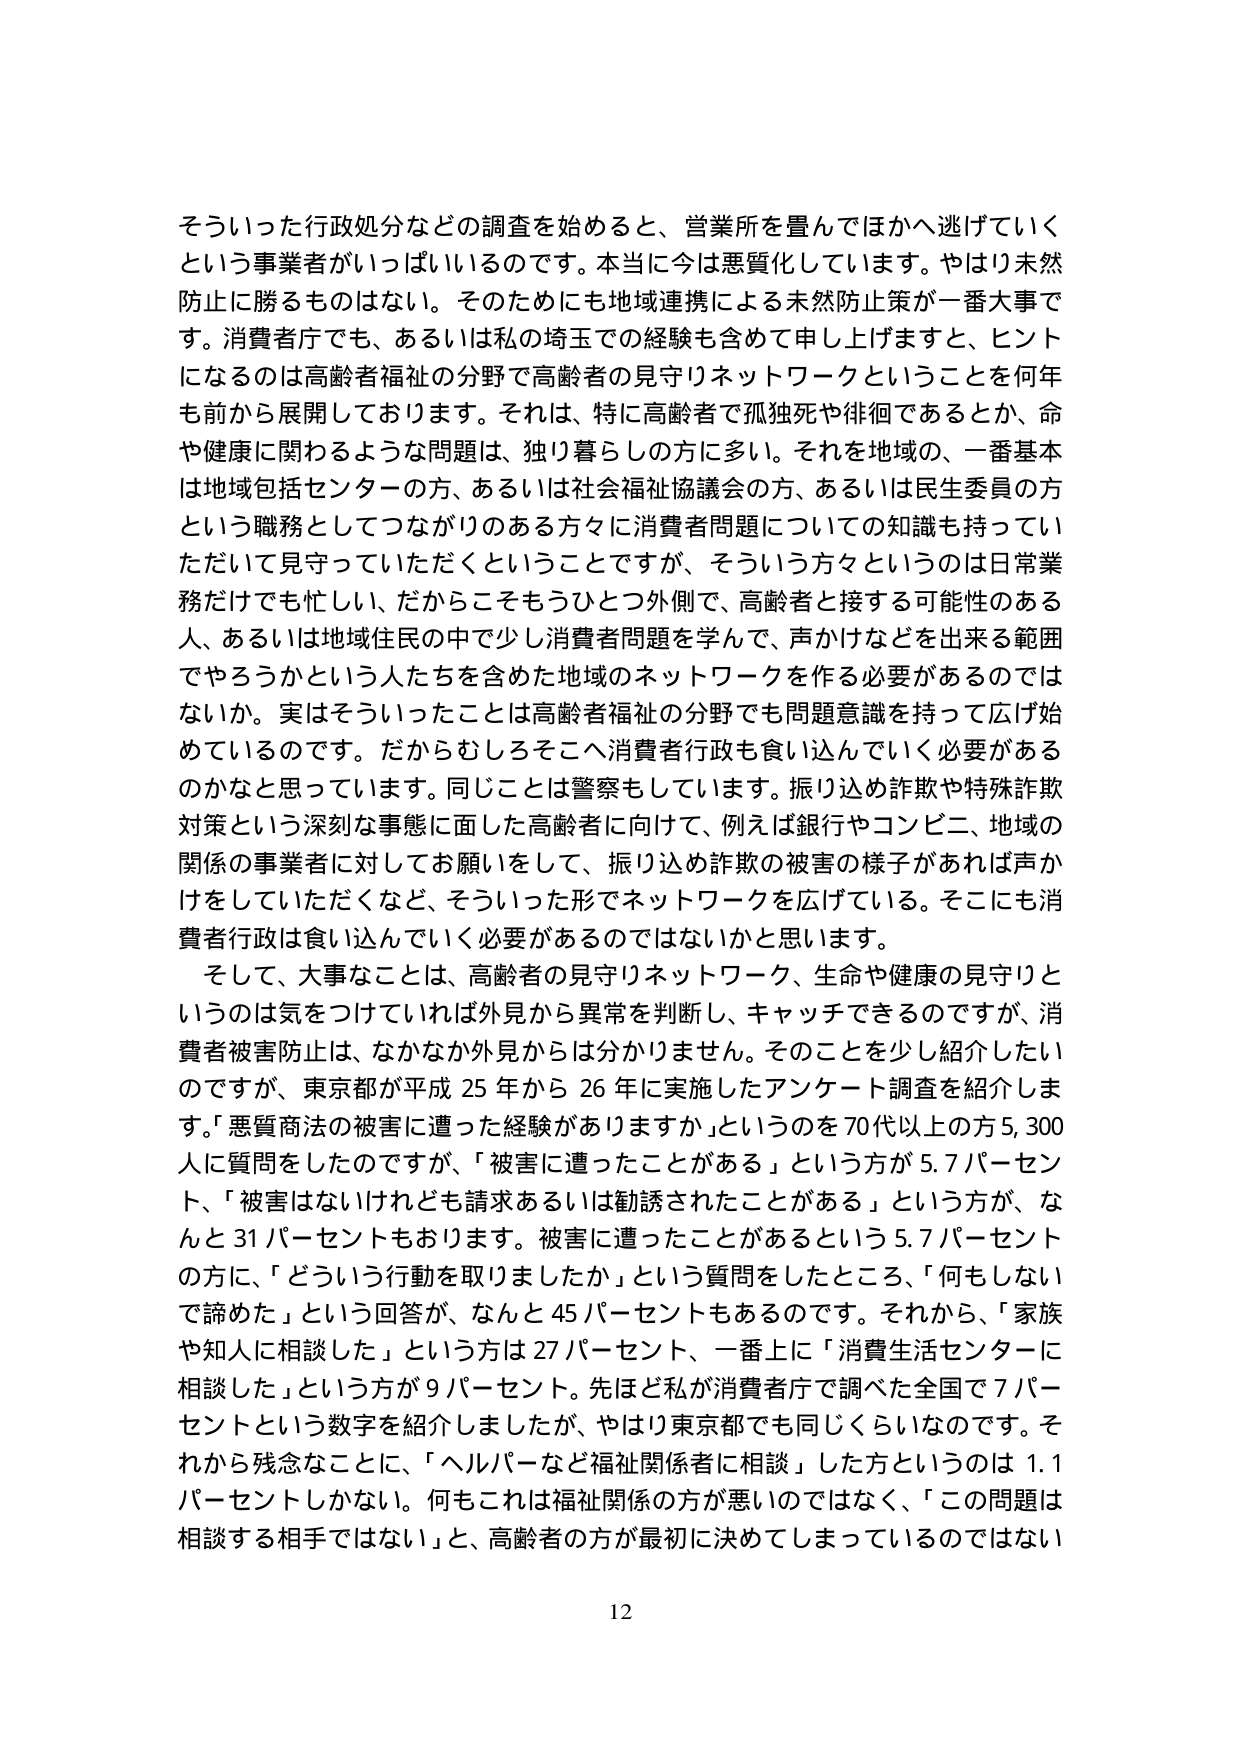
そういった行政処分などの調査を始めると、営業所を畳んでほかへ逃げていくという事業者がいっぱいいるのです。本当に今は悪質化しています。やはり未然防止に勝るものはない。そのためにも地域連携による未然防止策が一番大事です。消費者庁でも、あるいは私の埼玉での経験も含めて申し上げますと、ヒントになるのは高齢者福祉の分野で高齢者の見守りネットワークということを何年も前から展開しております。それは、特に高齢者で孤独死や徘徊であるとか、命や健康に関わるような問題は、独り暮らしの方に多い。それを地域の、一番基本は地域包括センターの方、あるいは社会福祉協議会の方、あるいは民生委員の方という職務としてつながりのある方々に消費者問題についての知識も持っていただいて見守っていただくということですが、そういう方々というのは日常業務だけでも忙しい、だからこそもうひとつ外側で、高齢者と接する可能性のある人、あるいは地域住民の中で少し消費者問題を学んで、声かけなどを出来る範囲でやろうかという人たちを含めた地域のネットワークを作る必要があるのではないか。実はそういったことは高齢者福祉の分野でも問題意識を持って広げ始めているのです。だからむしろそこへ消費者行政も食い込んでいく必要があるのかなと思っています。同じことは警察もしています。振り込め詐欺や特殊詐欺対策という深刻な事態に面した高齢者に向けて、例えば銀行やコンビニ、地域の関係の事業者に対してお願いをして、振り込め詐欺の被害の様子があれば声かけをしていただくなど、そういった形でネットワークを広げている。そこにも消費者行政は食い込んでいく必要があるのではないかと思います。

そして、大事なことは、高齢者の見守りネットワーク、生命や健康の見守りというのは気をつけていれば外見から異常を判断し、キャッチできるのですが、消費者被害防止は、なかなか外見からは分かりません。そのことを少し紹介したいのですが、東京都が平成25年から26年に実施したアンケート調査を紹介します。「悪質商法の被害に遭った経験がありますか」というのを70代以上の方5,300人に質問をしたのですが、「被害に遭ったことがある」という方が5.7パーセント、「被害はないけれども請求あるいは勧誘されたことがある」という方が、なんと31パーセントもあります。被害に遭ったことがあるという5.7パーセントの方に、「どういう行動を取りましたか」という質問をしたところ、「何もしないで諦めた」という回答が、なんと45パーセントもあるのです。それから、「家族や知人に相談した」という方は27パーセント、一番上に「消費生活センターに相談した」という方が9パーセント。先ほど私が消費者庁で調べた全国で7パーセントという数字を紹介しましたが、やはり東京都でも同じくらいなのです。それから残念なことに、「ヘルパーなど福祉関係者に相談」した方というのは1.1パーセントしかない。何もこれは福祉関係の方が悪いのではなく、「この問題は相談する相手ではない」と、高齢者の方が最初に決めてしまっているのではない

12